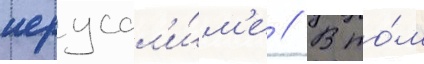
иерусал'и́м'е // В то́м